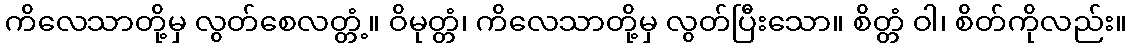
ကိလေသာတို့မှ လွတ်စေလတ္တံ့။ ဝိမုတ္တံ၊ ကိလေသာတို့မှ လွတ်ပြီးသော။ စိတ္တံ ဝါ၊ စိတ်ကိုလည်း။